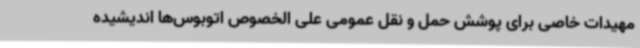
مهیدات خاصی برای پوشش حمل و نقل عمومی علی الخصوص اتوبوس‌ها اندیشیده